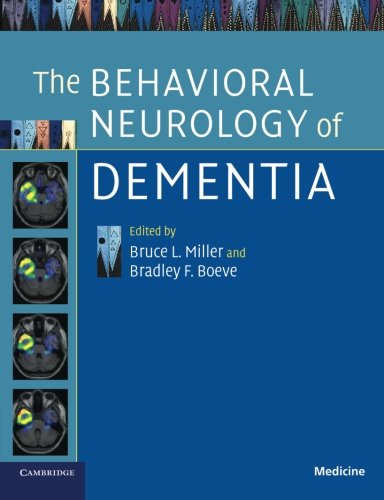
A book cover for The Behavioral Neurology of Dementia; Health, Fitness & Dieting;